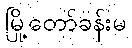
မြို့တော်ခန်းမ